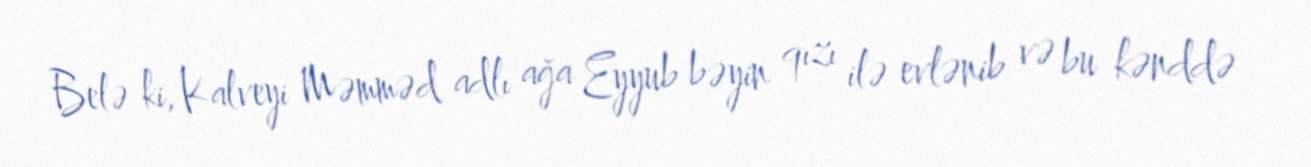
Belə ki, Kalveyi Məmməd adlı ağa Eyyub bəyin qızı ilə evlənib və bu kənddə